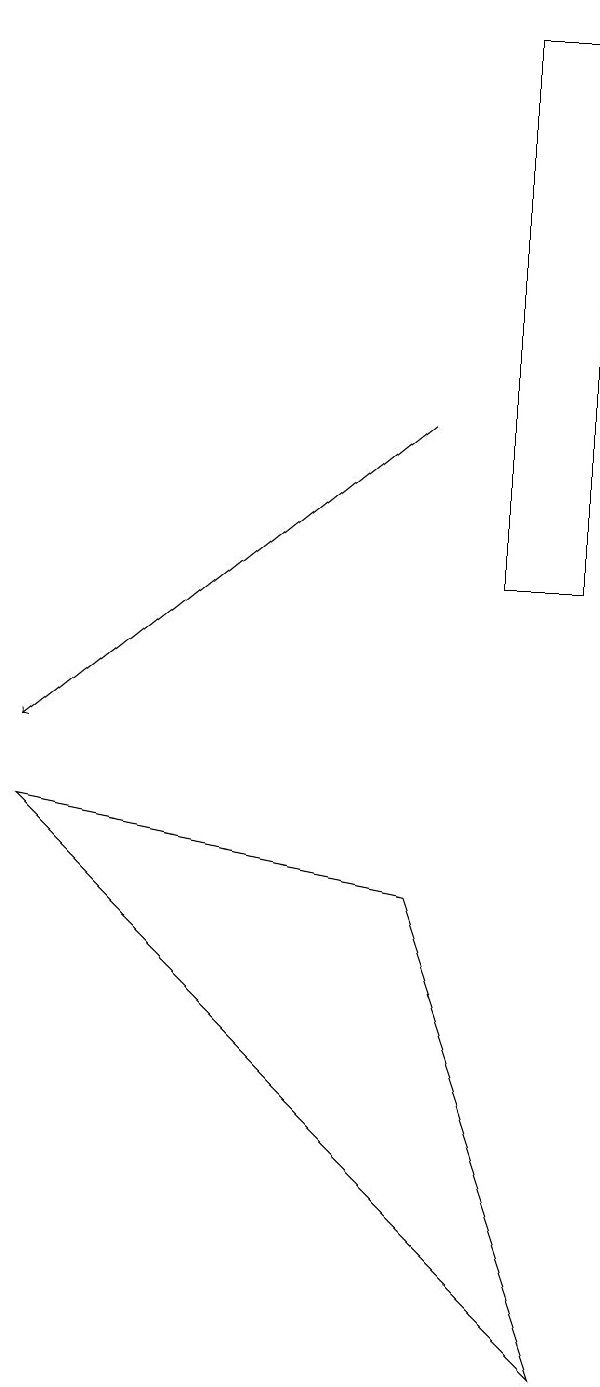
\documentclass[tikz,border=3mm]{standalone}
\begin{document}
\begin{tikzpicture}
\draw[->] (5,14) -- (0,10);
\draw (0,9) -- (5,8) -- (7,2) -- cycle;
\draw (7,12) rectangle (6,19);
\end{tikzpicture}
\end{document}